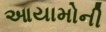
આયામોની